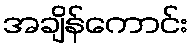
အချိန်ကောင်း